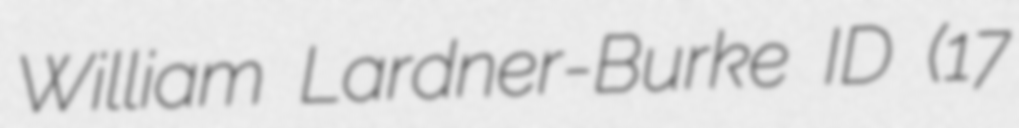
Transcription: William Lardner-Burke ID (17